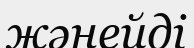
жәнейді